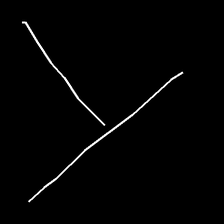
Glyph: column